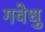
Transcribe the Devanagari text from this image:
गवेधु